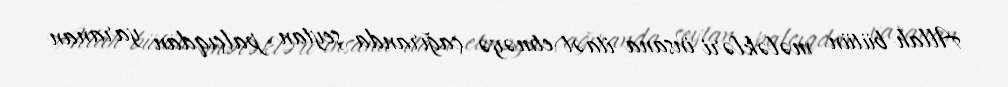
Allah bütün mələkləri insana itaət etməyə çağıranda şeytan palçıqdan yaranan